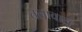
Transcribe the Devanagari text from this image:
तलावातू